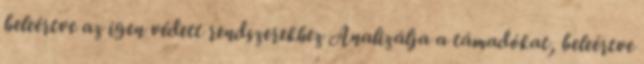
beleértve az igen védett rendszerekhez Analizálja a támadókat, beleértve